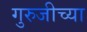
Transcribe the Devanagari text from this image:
गुरुजीच्या